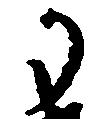
か